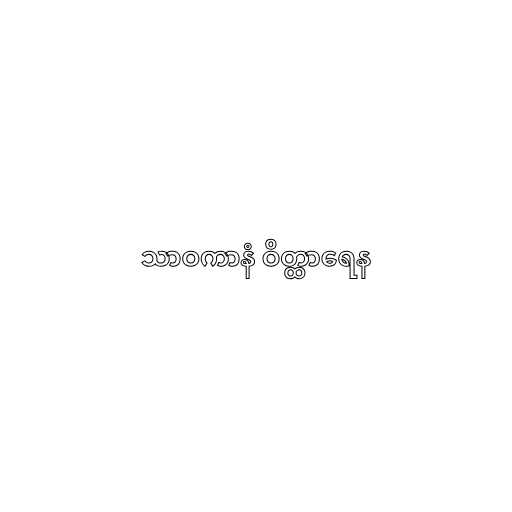
သာဝကာနံ ဝိတ္ထာရေန